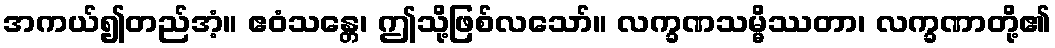
အကယ်၍တည်အံ့။ ဧဝံသန္တေ၊ ဤသို့ဖြစ်လသော်။ လက္ခဏသမ္မိဿတာ၊ လက္ခဏာတို့၏